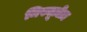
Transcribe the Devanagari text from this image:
मिस्यूज़ेज़